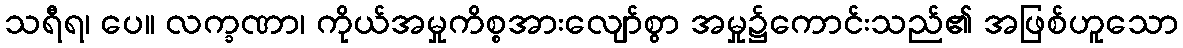
သရီရ၊ ပေ။ လက္ခဏာ၊ ကိုယ်အမှုကိစ္စအားလျော်စွာ အမှု၌ကောင်းသည်၏ အဖြစ်ဟူသော